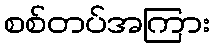
စစ်တပ်အကြား